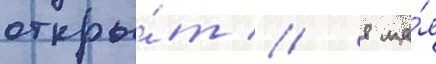
откры́т // 8 ма́я